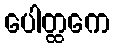
ပေါတ္ထကေ